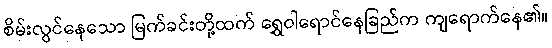
စိမ်းလွင်နေသော မြက်ခင်းတို့ထက် ရွှေဝါရောင်နေခြည်က ကျရောက်နေ၏။